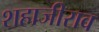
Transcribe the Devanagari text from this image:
शहाजीराव